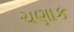
ચણાક